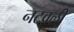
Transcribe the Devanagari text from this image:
नटवली